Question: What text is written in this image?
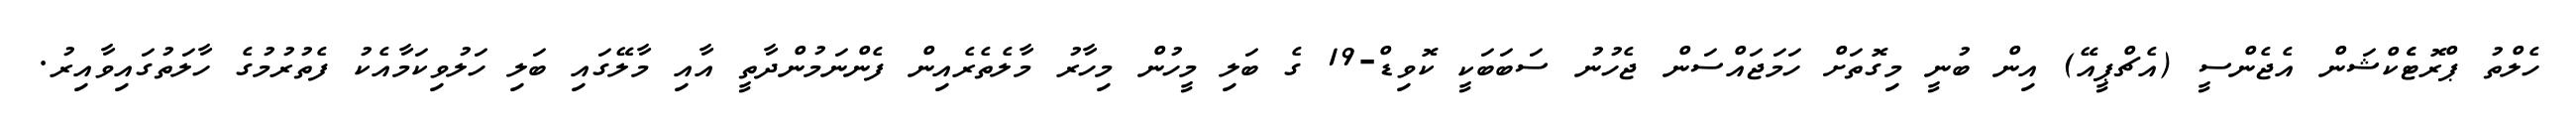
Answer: ހެލްތު ޕްރޮޓެެކްޝަން އެޖެންސީ (އެޗްޕީއޭ) އިން ބުނީ މިގޮތަށް ހަމަޖައްސަން ޖެހުނު ސަބަބަކީ ކޮވިޑް-19 ގެ ބަލި މީހުން މިހާރު މާލެތެރެއިން ފެންނަމުންދާތީ އާއި މާލޭގައި ބަލި ހަލުވިކަމާއެކު ފެތުރުމުގެ ހާލަތުގައިވާއިރު.